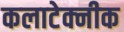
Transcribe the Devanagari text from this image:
कलाटेक्नीक